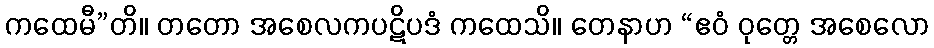
ကထေမီ”တိ။ တတော အစေလကပဋိပဒံ ကထေသိ။ တေနာဟ “ဧဝံ ဝုတ္တေ အစေလော